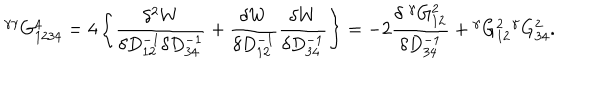
{ } ^ { \gamma \gamma } G _ { 1 2 3 4 } ^ { 4 } = 4 \left\{ \frac { \delta ^ { 2 } W } { \delta D _ { 1 2 } ^ { - 1 } \delta D _ { 3 4 } ^ { - 1 } } + \frac { \delta W } { \delta D _ { 1 2 } ^ { - 1 } } \frac { \delta W } { \delta D _ { 3 4 } ^ { - 1 } } \right\} = - 2 \frac { \delta \; { } ^ { \gamma } G _ { 1 2 } ^ { 2 } } { \delta D _ { 3 4 } ^ { - 1 } } + { } ^ { \gamma } G _ { 1 2 } ^ { 2 } { } ^ { \gamma } G _ { 3 4 } ^ { 2 } .